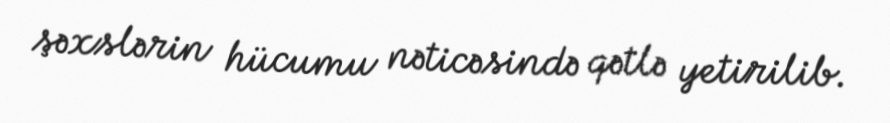
şəxslərin hücumu nəticəsində qətlə yetirilib.